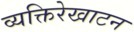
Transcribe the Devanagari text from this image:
व्यक्तिरेखाटन